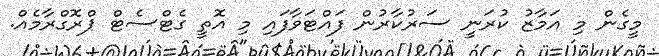
މީގެން މި އަމާޒު ކުރަނީ ސަރުކާރުން ފައްޓަވާފައި މި އޮތީ ގެޓްސެޓް ޕްރޮގްރާމެއް.